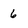
Character: 6